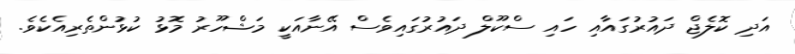
އަދި ކޮލެޖް ދައުރުގައާއި ހައި ސްކޫލް ދައުރުގައިވެސް އޭނާއަކީ މަޝްހޫރު މޮޅު ކުޅުންތެރިއެކެވެ.